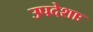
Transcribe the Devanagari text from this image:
उपदेशाः